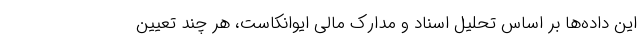
این داده‌ها بر اساس تحلیل اسناد و مدارک مالی ایوانکاست، هر چند تعیین